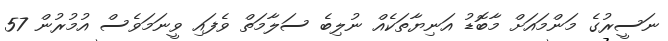
ނަސީރުގެ މަންމައަށް މާބޮޑު އަނިޔާތަކެއް ނުލިބެ ސަލާމަތް ވެފައި ވީނަމަވެސް އުމުރުން 57